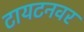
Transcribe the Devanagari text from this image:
टायटनवर